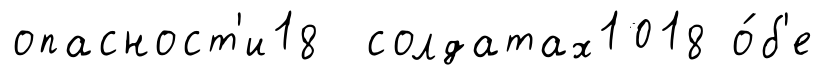
опасност'и18 солдатах1018 о́б'е